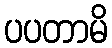
ပပတာမိ